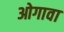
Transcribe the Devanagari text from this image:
ओगावा